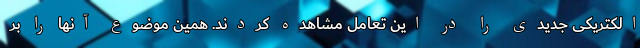
الکتریکی جدیدی را در این تعامل مشاهده کردند. همین موضوع آنها را بر